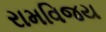
રામવિજય